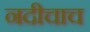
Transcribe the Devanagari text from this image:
नदीचाच